Eesti_Vabariigi_Tartu_Ulikool, lk 47
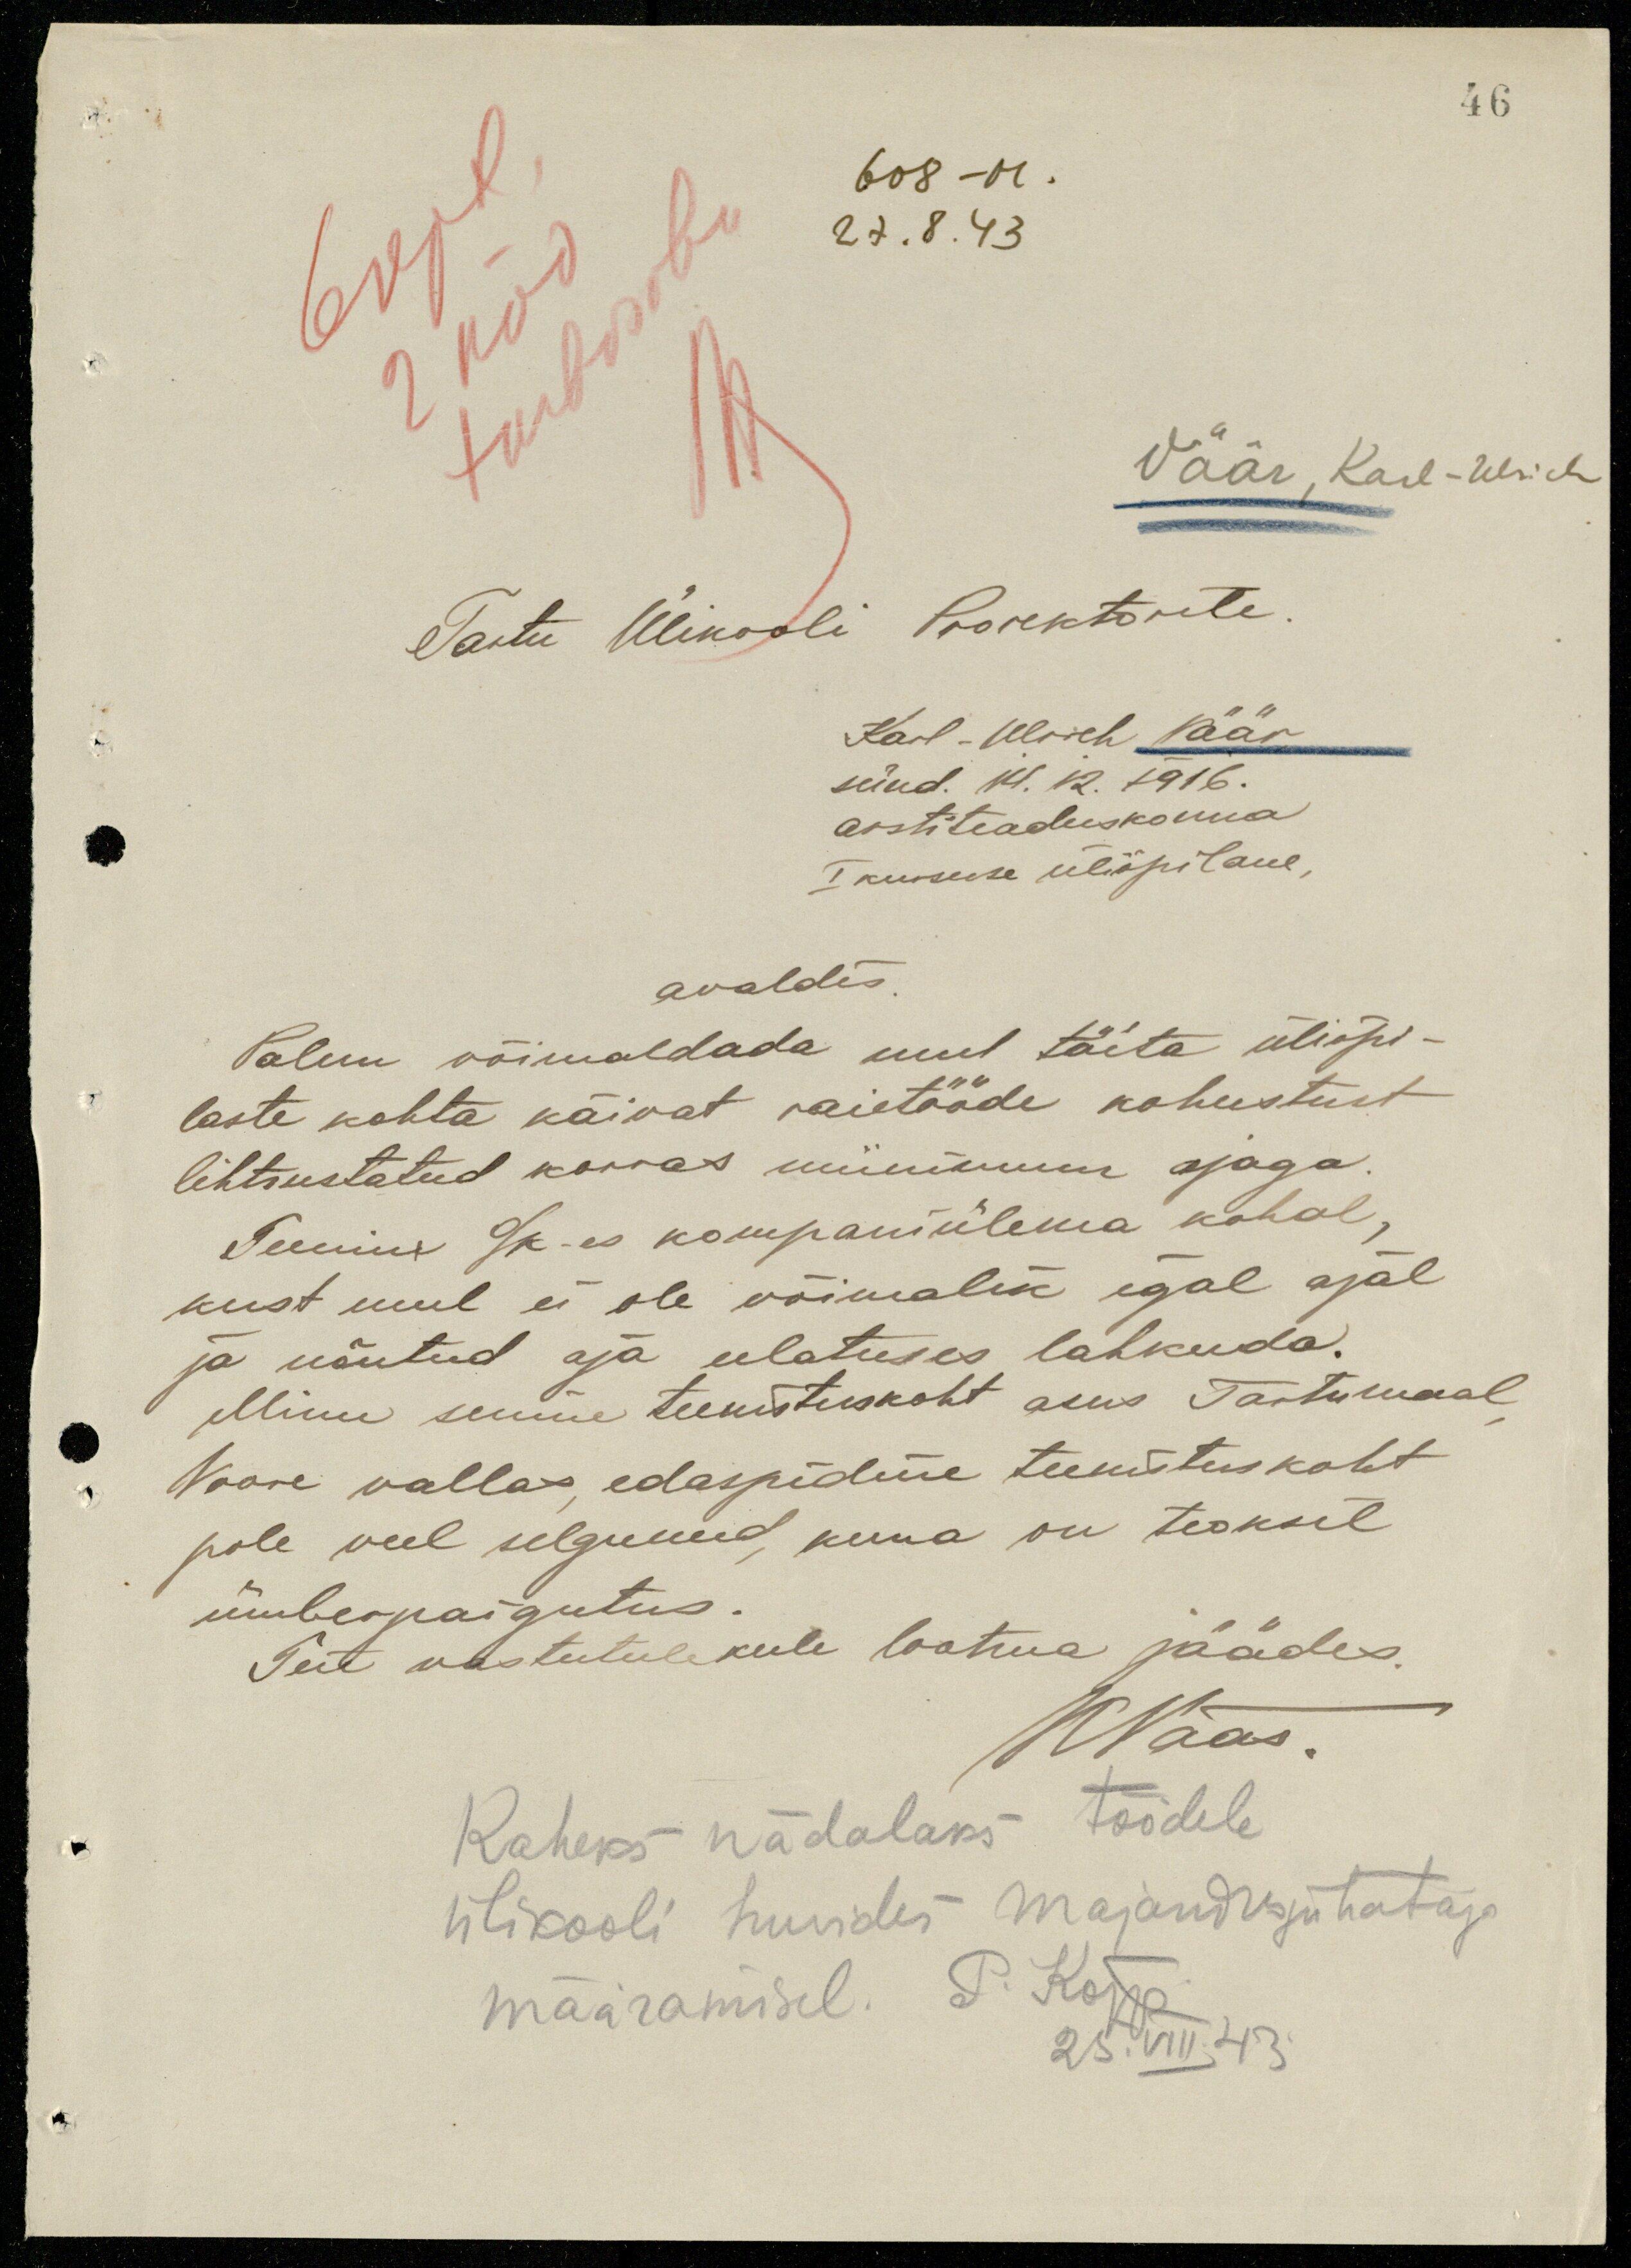
46
608 -M .
27.8.43
Väär, Karl-Ulrich
Tartu Ülikooli Prorektorile.
Karl-Ulrich Väär
sünd. 14. 12.  916.
arstiteaduskonna
I kursuse üliõpilane,
avaldis.
Palun võimaldada mul täita üliõpi-
laste kohta käivat raietööde kohustust
lihtsustatud korras miinimum ajaga
Teenine o/k-es kompaniülema kohal
kust mul ei ole võimalik igal ajal
ja nõutud aja ulatuses lahkuda.
Minu senine teenistuskoht asus Tartumaal
Voore vallas, edaspidine teenistuskoht
pole veel selgunud, kuna on teoksil
ümberpaigutus.
Teie vastutulekule lootma jäädes.
KVäär.
Kaheks nädalaks töödele
ülikooli huvides majandusjuhataja
määramisel. P. Kõpp
25.VIII.43.